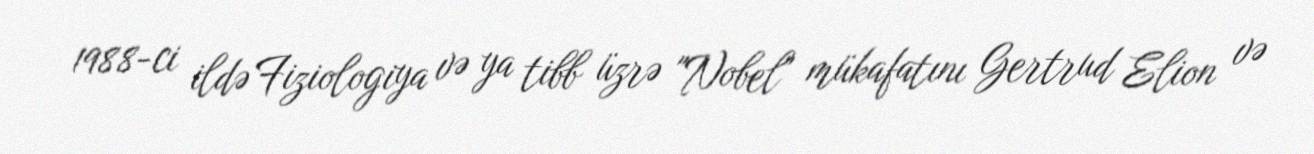
1988-ci ildə Fiziologiya və ya tibb üzrə "Nobel" mükafatını Gertrud Elion və